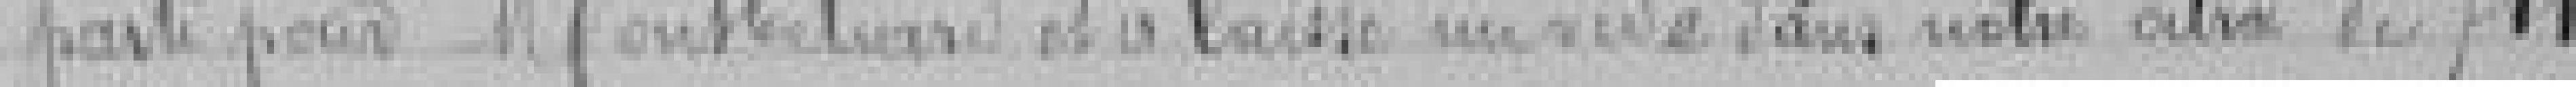
parti pour Montbéliard et a laissé un vide notre Octroi de 711